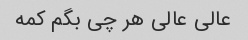
عالی عالی هر چی بگم کمه